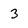
Character: 3